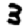
Digit: 3